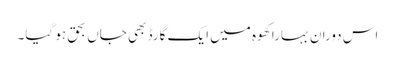
اس دوران بہارا کھوہ میں ایک گارڈ بھی جاں بحق ہو گیا۔